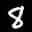
Label: 8